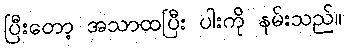
ပြီးတော့ အသာထပြီး ပါးကို နမ်းသည်။